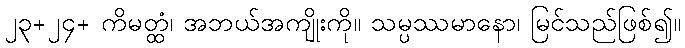
၂၃+၂၄+ ကိမတ္ထံ၊ အဘယ်အကျိုးကို။ သမ္ပဿမာနော၊ မြင်သည်ဖြစ်၍။